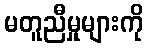
မတူညီမှုများကို